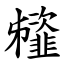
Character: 䪢